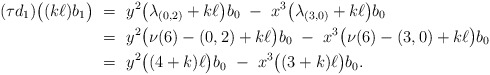
\begin{align*}(\tau d_1)\bigl((k\ell) b_1\bigr)\ &= \ y^2\bigl(\lambda_{(0,2)} + k\ell\bigr)b_0 \ - \ x^3\bigl(\lambda_{(3,0)} + k\ell\bigr)b_0 \\ &= \ y^2\bigl(\nu(6)-(0,2) + k\ell\bigr)b_0 \ - \ x^3\bigl(\nu(6)-(3,0) + k\ell\bigr)b_0 \\ &= \ y^2\bigl((4+k)\ell\bigr)b_0\ - \ x^3\bigl((3+k)\ell\bigr)b_0. \end{align*}